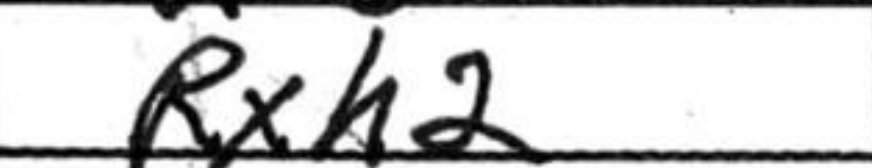
Transcription: Rxh2